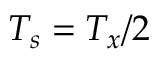
T _ { s } = T _ { x } / 2